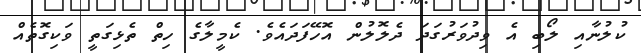
ކުލުނާއި ލޯބި އެ ވިދުވަރުގަދަ ދެލޮލުން އޮހޭފަދައެވެ. ކެމީލާގެ ހިތް ތެޅިގަތީ ވަކިގޮތެއް